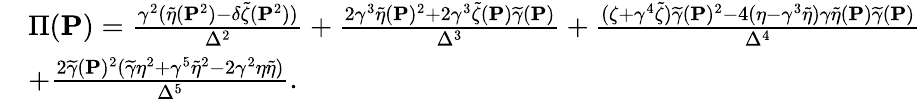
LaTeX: \begin{array}{rl}&{\Pi({\mathbf{P}})=\frac{\gamma^{2}(\widetilde{\eta}({\mathbf{P}}^{2})-\delta\widetilde{\zeta}({\mathbf{P}}^{2}))}{\Delta^{2}}+\frac{2\gamma^{3}\widetilde{\eta}({\mathbf{P}})^{2}+2\gamma^{3}\widetilde{\zeta}({\mathbf{P}})\widetilde{\gamma}({\mathbf{P}})}{\Delta^{3}}+\frac{(\zeta+\gamma^{4}\widetilde{\zeta})\widetilde{\gamma}({\mathbf{P}})^{2}-4(\eta-\gamma^{3}\widetilde{\eta})\gamma\widetilde{\eta}({\mathbf{P}})\widetilde{\gamma}({\mathbf{P}})}{\Delta^{4}}}\\ &{+\frac{2\widetilde{\gamma}({\mathbf{P}})^{2}(\widetilde{\gamma}\eta^{2}+\gamma^{5}\widetilde{\eta}^{2}-2\gamma^{2}\eta\widetilde{\eta})}{\Delta^{5}}.}\end{array}